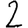
Digit: 2